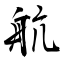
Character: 航